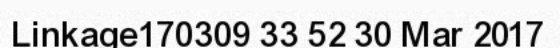
Linkage170309 33 52 30 Mar 2017